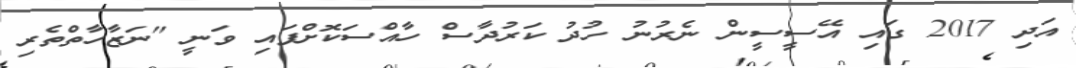
އަދި 2017 ގައި އޭސީސީން ނެރުނު ހުދު ކަަރުދާސް ހާއްސަކޮށްފައި ވަނީ "ނަޒާހާތްތެރި